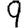
Digit: 9